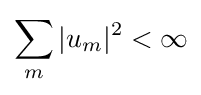
\sum _{m}|u_{m}|^{2}<\infty